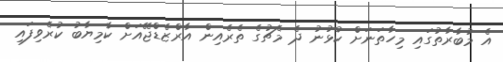
އެ މުބާރާތުގައި މިހާތަނަށް ކުޅުނު ދެ މެޗުގެ ތެރެއިން އާރްޒެޑްޖޭއަށް ކާމިޔާބު ކުރެވިފައި